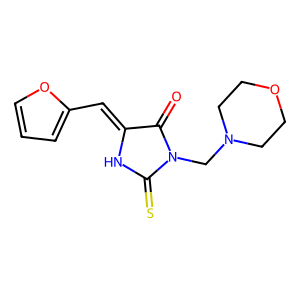
SMILES: O=C1C(=Cc2ccco2)NC(=S)N1CN1CCOCC1
Inhibits HIV replication: No